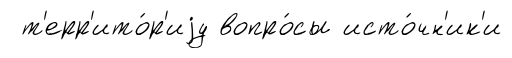
т'ерр'ито́р'иjу вопро́сы исто́чн'ик'и